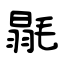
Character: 毾